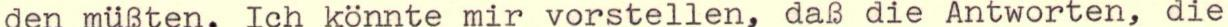
den müßten. Ich könnte mir vorstellen, daß die Antworten, die